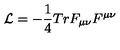
{ \cal L } = - { \frac { 1 } { 4 } } T r F _ { \mu \nu } F ^ { \mu \nu }